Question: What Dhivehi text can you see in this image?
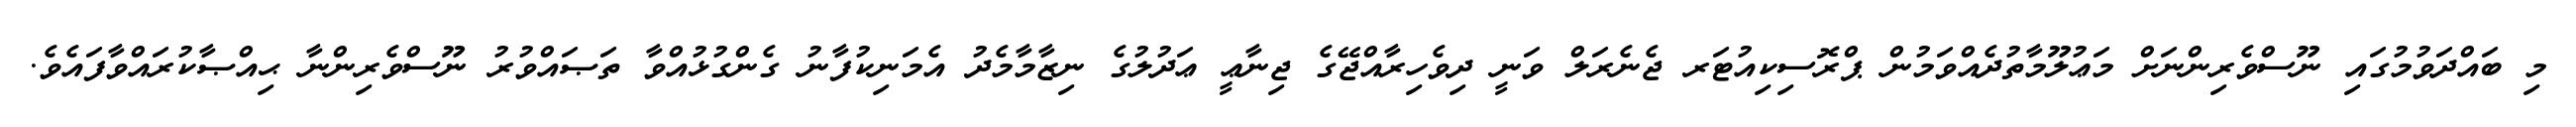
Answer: މި ބައްދަވުމުގައި ނޫސްވެރިންނަށް މަޢުލޫމާތުދެއްވަމުން ޕްރޮސިކިއުޓަރ ޖެނެރަލް ވަނީ ދިވެހިރާއްޖޭގެ ޖިނާޢީ ޢަދުލުގެ ނިޒާމާމެދު އެމަނިކުފާނު ގެންގުޅުއްވާ ތަޞައްވުރު ނޫސްވެރިންނާ ޙިއްޞާކުރައްވާފައެވެ.